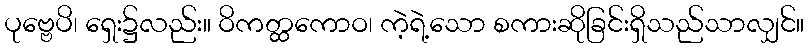
ပုဗ္ဗေပိ၊ ရှေး၌လည်း။ ဝိကတ္ထကောဝ၊ ကဲ့ရဲ့သော စကားဆိုခြင်းရှိသည်သာလျှင်။